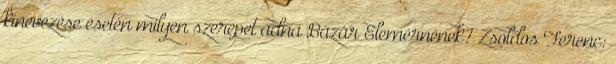
kinevezése esetén milyen szerepet adna Bázár Elemérnének? Zsoldos Ferenc: